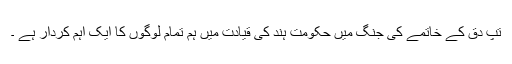
تَپِ دِق کے خاتمے کی جنگ میں حکومتِ ہند کی قیادت میں ہم تمام لوگوں کا ایک اہم کردار ہے ۔